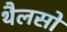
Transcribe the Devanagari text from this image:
थैलसों